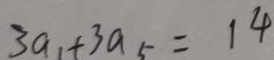
3 a _ { 1 } + 3 a _ { 5 } = 1 4